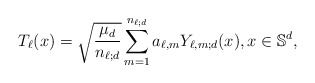
\begin{align*}T_\ell(x)=\sqrt{\frac{\mu_d}{n_{\ell;d}}}\sum_{m=1}^{n_{\ell;d}} a_{\ell,m} Y_{\ell,m;d}(x),x\in \mathbb{S}^d,\end{align*}